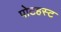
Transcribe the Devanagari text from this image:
पोटहस्ट